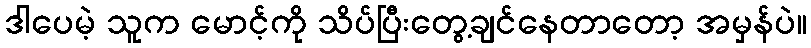
ဒါပေမဲ့ သူက မောင့်ကို သိပ်ပြီးတွေ့ချင်နေတာတော့ အမှန်ပဲ။